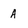
Character: A